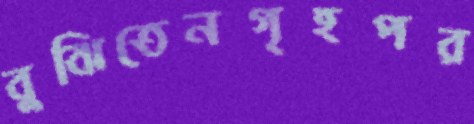
বুঝিতেনগৃহপর